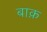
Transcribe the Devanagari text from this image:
बाक़